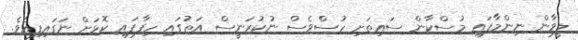
ލީވާން ނިންމާފައި މުސްކާން ސައިތަށި ހުސްވެސް ނުކުރަނީސް އަތުގައި ހިފާފައި ކޮޅަށް ނަގައިފިއެވެ.